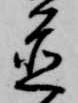
置